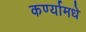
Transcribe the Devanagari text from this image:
कर्ण्यामधे